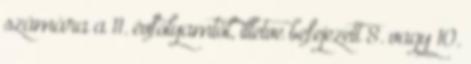
számára a 11. évfolyamtól, illetve befejezett 8. vagy 10.